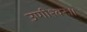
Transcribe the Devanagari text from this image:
उणीश्वरः॥